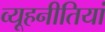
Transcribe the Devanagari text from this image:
व्यूहनीतियां